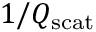
1 / Q _ { \mathrm { s c a t } }